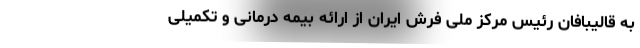
به قالیبافان رئیس مرکز ملی فرش ایران از ارائه بیمه درمانی و تکمیلی